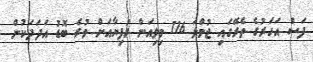
ފަސް އަހަރުގެ ތެރޭގައި ޖުމްލަ 116 މިލިއަން ރުފިޔާއަށް ވުރެ ބޮޑު އަދަދަކުން